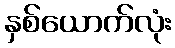
နှစ်ယောက်လုံး